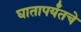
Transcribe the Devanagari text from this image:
घातापर्यंतचे